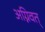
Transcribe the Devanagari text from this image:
अग्निवत्